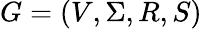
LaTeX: G=(V,\Sigma,R,S)